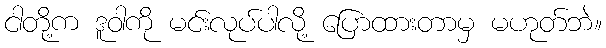
ငါတို့က ဒူဝါကို မင်းလုပ်ပါလို့ ပြောထားတာမှ မဟုတ်ဘဲ။